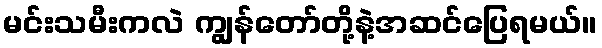
မင်းသမီးကလဲ ကျွန်တော်တို့နဲ့အဆင်ပြေရမယ်။